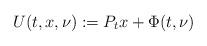
LaTeX: \begin{align*}U(t,x,\nu):=P_tx+\Phi(t,\nu)\end{align*}